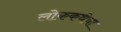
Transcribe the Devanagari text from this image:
लोककथेचा